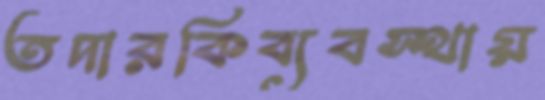
তদারকিব্যবস্থায়